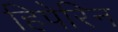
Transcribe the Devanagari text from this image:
हिपेरिन